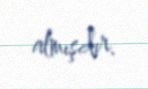
almışdır.